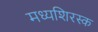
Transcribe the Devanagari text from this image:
मध्यशिरस्क